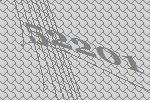
52201